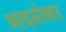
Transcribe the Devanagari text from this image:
आइसोबार